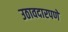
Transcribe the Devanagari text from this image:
उठावदारपणे